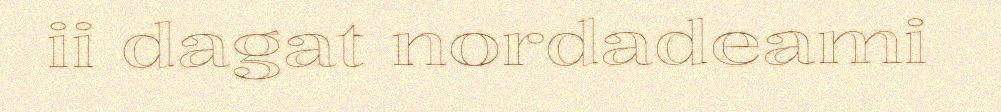
ii dagat nordadeami